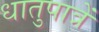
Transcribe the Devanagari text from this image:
धातुपात्रें